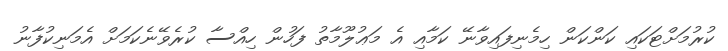
ކުރުމަށްޓަކައި ކަންކަން ހިމެނިފައިވާނޭ ކަމާއި އެ މަޢުލޫމާތު ފަހުން ހިއްސާ ކުރެވޭނެކަމަށް އެމަނިކުފާނު